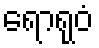
ရောရုဝံ